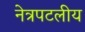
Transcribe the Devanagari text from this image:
नेत्रपटलीय